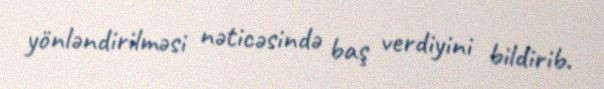
yönləndirilməsi nəticəsində baş verdiyini bildirib.